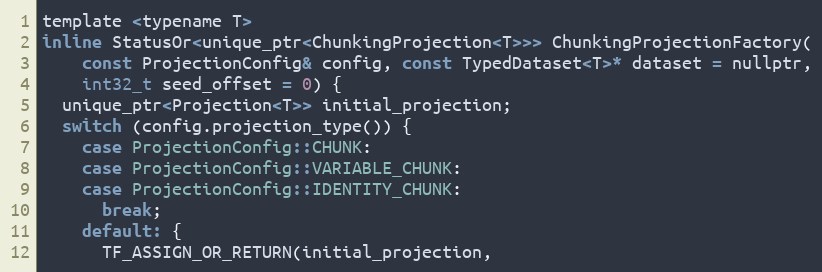
Language: C
template <typename T>
inline StatusOr<unique_ptr<ChunkingProjection<T>>> ChunkingProjectionFactory(
    const ProjectionConfig& config, const TypedDataset<T>* dataset = nullptr,
    int32_t seed_offset = 0) {
  unique_ptr<Projection<T>> initial_projection;
  switch (config.projection_type()) {
    case ProjectionConfig::CHUNK:
    case ProjectionConfig::VARIABLE_CHUNK:
    case ProjectionConfig::IDENTITY_CHUNK:
      break;
    default: {
      TF_ASSIGN_OR_RETURN(initial_projection,